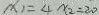
x _ { 1 } = 4 x _ { 2 } = 2 0